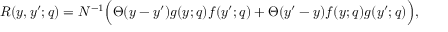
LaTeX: R ( y , y ^ { \prime } ; q ) = N ^ { - 1 } \Big ( \Theta ( y - y ^ { \prime } ) g ( y ; q ) f ( y ^ { \prime } ; q ) + \Theta ( y ^ { \prime } - y ) f ( y ; q ) g ( y ^ { \prime } ; q ) \Big ) ,